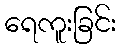
ရေကူးခြင်း